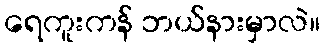
ရေကူးကန် ဘယ်နားမှာလဲ။